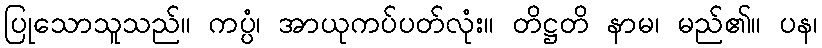
ပြုသောသူသည်။ ကပ္ပံ၊ အာယုကပ်ပတ်လုံး။ တိဋ္ဌတိ နာမ၊ မည်၏။ ပန၊